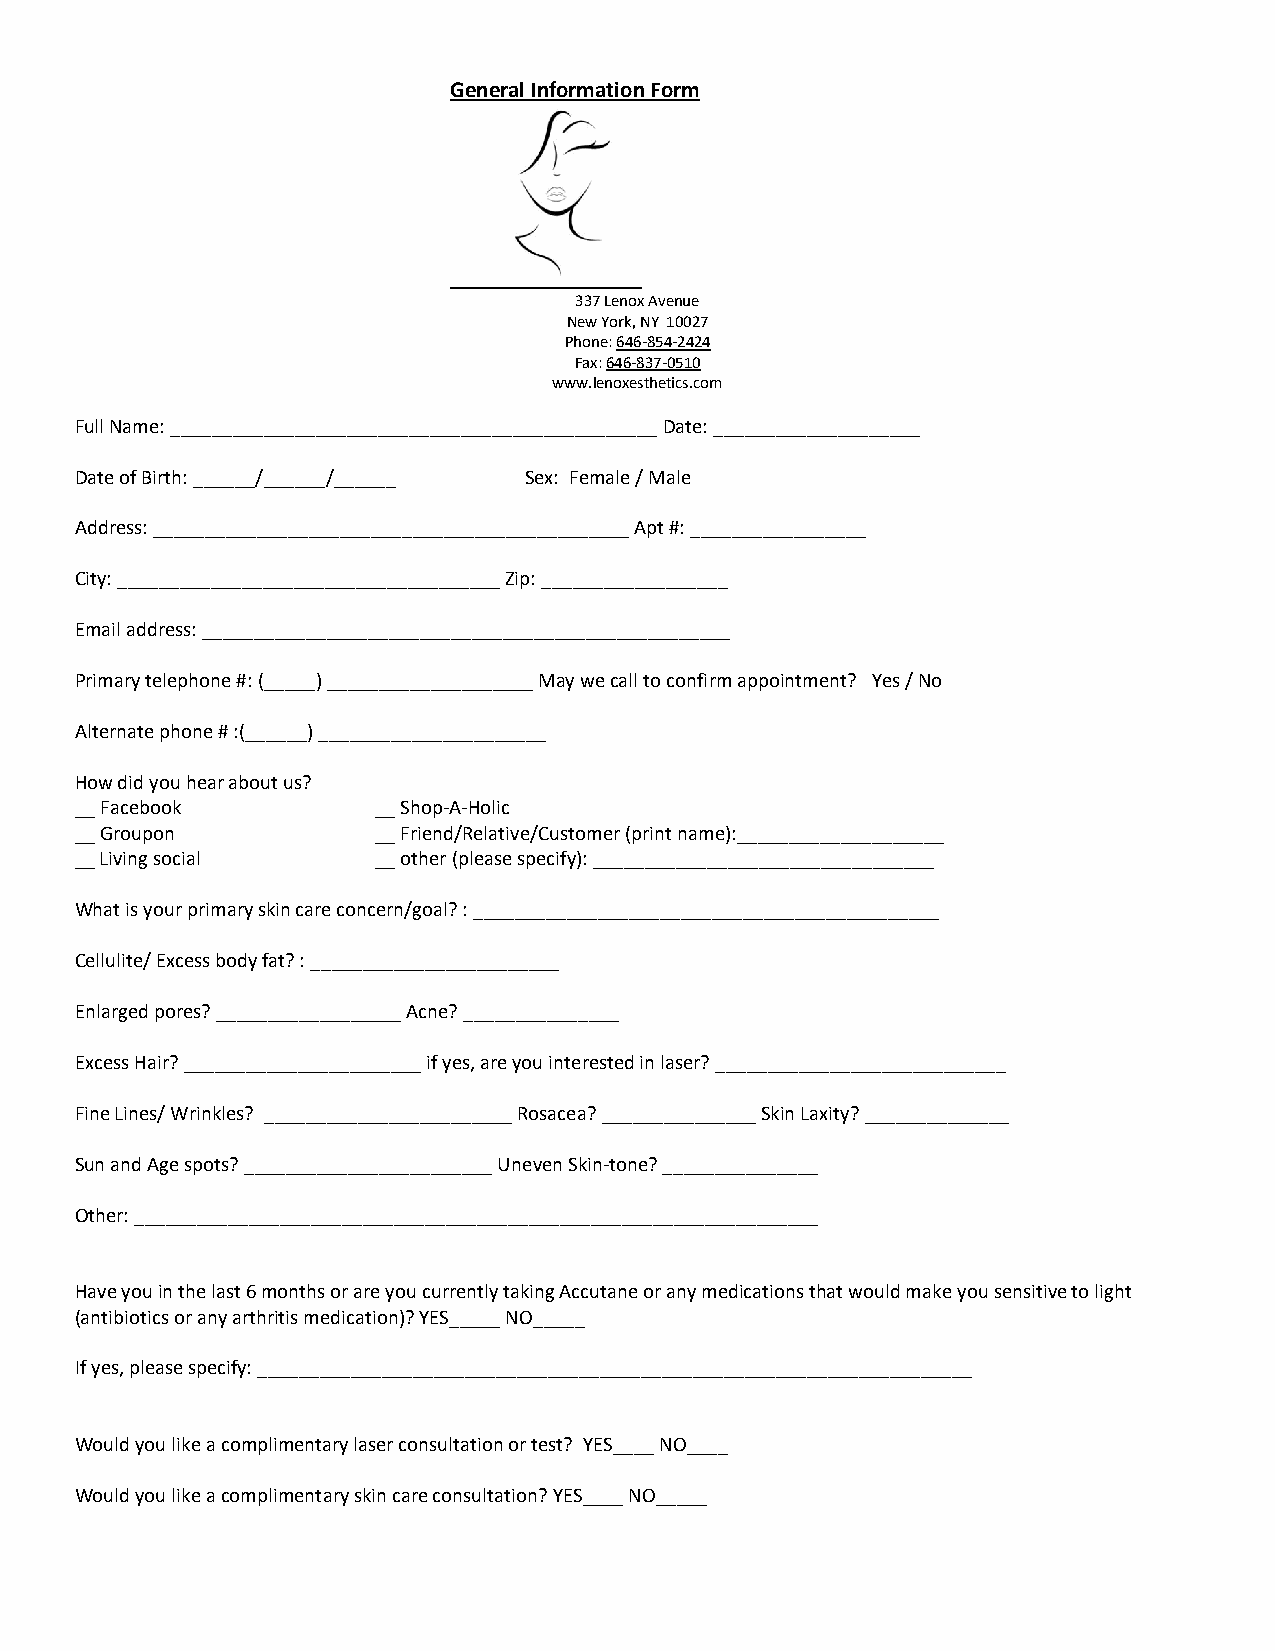
General Information Form
 337 Lenox Avenue
 New York, NY 10027
 Phone: 646-854-2424
 Fax: 646-837-0510
 www.lenoxesthetics.com
 Full Name: _______________________________________________ Date: ____________________
 Date of Birth: ______/______/______ Sex: Female / Male
 Address: ______________________________________________ Apt #: _________________
 City: _____________________________________ Zip: __________________
 Email address: ___________________________________________________
 Primary telephone #: (_____) ____________________ May we call to confirm appointment? Yes / No
 Alternate phone # :(______) ______________________
 How did you hear about us?
 __ Facebook         __ Shop-A-Holic
 __ Groupon          __ Friend/Relative/Customer (print name):____________________
 __ Living social    __ other (please specify): _________________________________
 What is your primary skin care concern/goal? : _____________________________________________
 Cellulite/ Excess body fat? : ________________________
 Enlarged pores? __________________ Acne? _______________
 Excess Hair? _______________________ if yes, are you interested in laser? ____________________________
 Fine Lines/ Wrinkles? ________________________ Rosacea? _______________ Skin Laxity? ______________
 Sun and Age spots? ________________________ Uneven Skin-tone? _______________
 Other: __________________________________________________________________
 Have you in the last 6 months or are you currently taking Accutane or any medications that would make you sensitive to light
 (antibiotics or any arthritis medication)? YES_____ NO_____
 If yes, please specify: _____________________________________________________________________
 Would you like a complimentary laser consultation or test? YES____ NO____
 Would you like a complimentary skin care consultation? YES____ NO_____